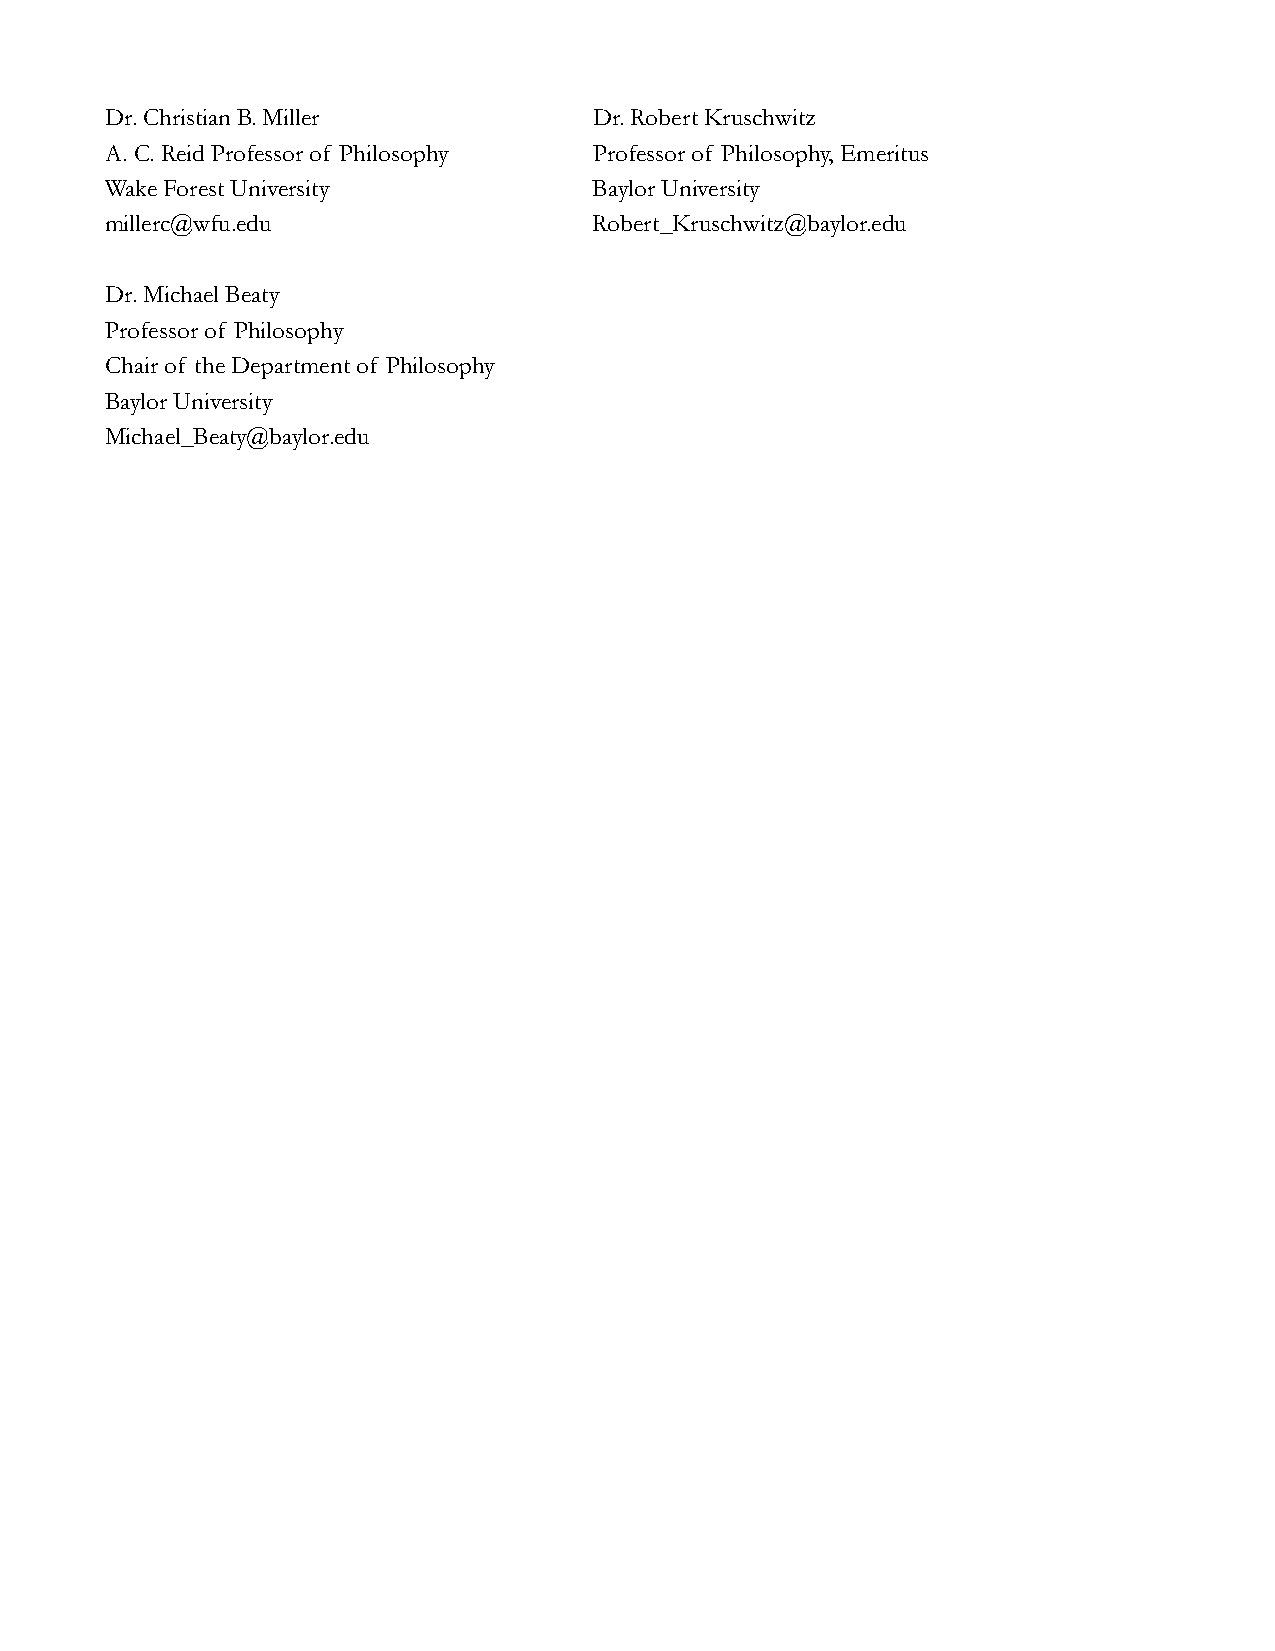
Dr. Christian B. Miller         Dr. Robert Kruschwitz
 A. C. Reid Professor of Philosophy Professor of Philosophy, Emeritus
 Wake Forest University          Baylor University
 millerc@wfu.edu                 Robert_Kruschwitz@baylor.edu
 Dr. Michael Beaty
 Professor of Philosophy
 Chair of the Department of Philosophy
 Baylor University
 Michael_Beaty@baylor.edu